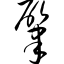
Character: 肇